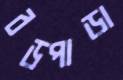
বড়পাড়া